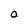
Character: a